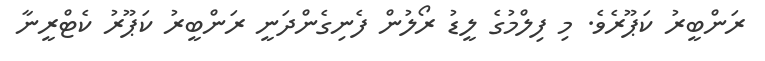
ރަންބީރު ކަޕޫރެވެ. މި ފިލްމުގެ ލީޑު ރޯލުން ފެނިގެންދަނީ ރަންބީރު ކަޕޫރު ކެޓްރީނާ